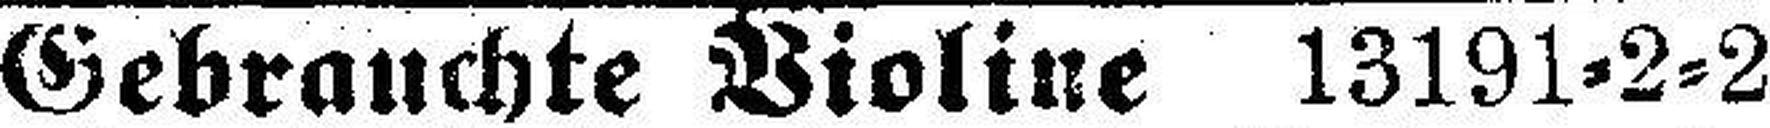
Gebrauchte Violine 13191=2=2